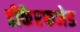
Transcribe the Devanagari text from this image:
डीकेएफजेड